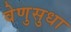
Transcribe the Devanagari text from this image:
वेणुसुधा